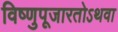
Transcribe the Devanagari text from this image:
विष्णुपूजारतोऽथवा